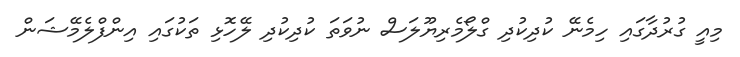
މިއީ ގުރުދާގައި ހިމެނޭ ކުދިކުދި ގްލޯމެރިޔޫލަސް ނުވަތަ ކުދިކުދި ލޭހޮޅި ތަކުގައި އިންފްލެމޭޝަން